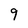
Character: 9